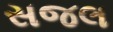
સજલ